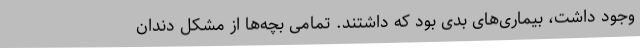
وجود داشت، بیماری‌های بدی بود که داشتند. تمامی بچه‌ها از مشکل دندان